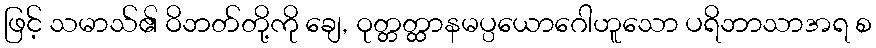
ဖြင့် သမာသ်၏ ဝိဘတ်တို့ကို ချေ, ဝုတ္တတ္ထာနမပ္ပယောဂေါဟူသော ပရိဘာသာအရ စ